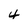
Character: 4